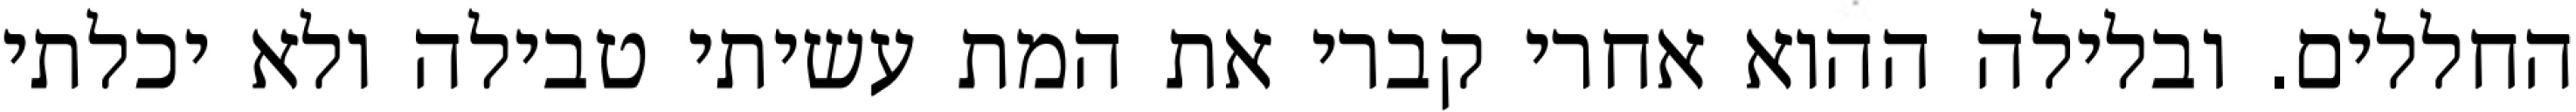
החללים. ובלילה ההוא אחרי קברי את המת עשיתי טבילה ולא יכלתי